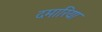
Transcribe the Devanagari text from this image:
दमारिया